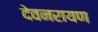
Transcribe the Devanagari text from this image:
देवनरायण